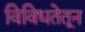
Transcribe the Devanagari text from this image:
विविधतेतून